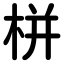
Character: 栟